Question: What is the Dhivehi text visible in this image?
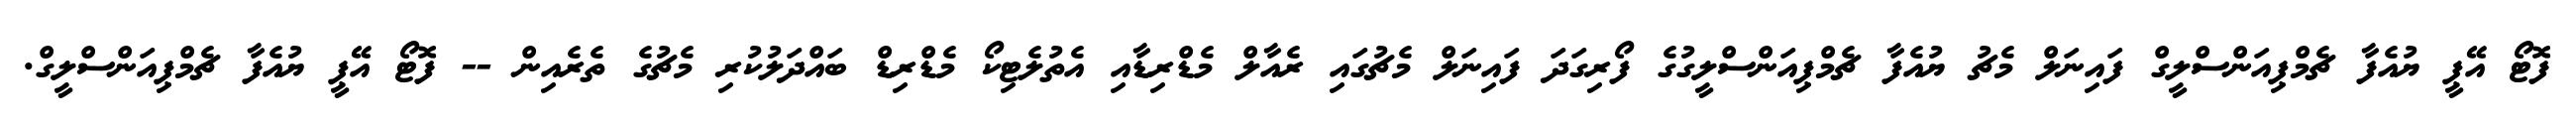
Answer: ފޮޓޯ އޭޕީ ޔުއެފާ ޗެމްޕިއަންސްލީގް ފައިނަލް މެޗު ޔުއެފާ ޗެމްޕިއަންސްލީގުގެ ފޯރިގަދަ ފައިނަލް މެޗުގައި ރެއާލް މެޑްރިޑާއި އެތުލެޓިކޯ މެޑްރިޑް ބައްދަލުކުރި މެޗުގެ ތެރެއިން -- ފޮޓޯ އޭޕީ ޔުއެފާ ޗެމްޕިއަންސްލީގް.